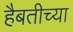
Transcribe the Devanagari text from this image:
हैबतीच्या